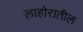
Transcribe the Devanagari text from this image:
लाहोरातील